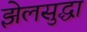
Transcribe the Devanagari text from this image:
झेलसुद्धा